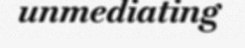
unmediating